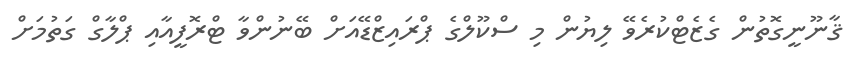
ޤާނޫނީގޮތުން ގެޒެޓްކުރެވޭ ލިޔުން މި ސްކޫލްގެ ޕްރައިޒްޑޭއަށް ބޭނުންވާ ޓްރޮފީއާއި ޕްލާގް ގަތުމަށް